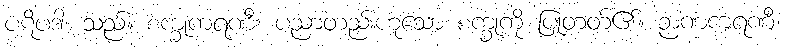
ပဋိပဒါ၊ သည်။ စက္ခုကရဏီ၊ ပညာတည်းဟူသော စက္ခုကို ပြုတတ်၏။ ဉာဏကရဏီ၊